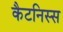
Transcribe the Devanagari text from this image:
कैटनिस्स